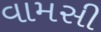
વામસી